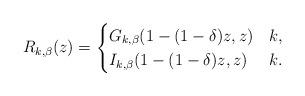
LaTeX: \begin{align*} R_{k, \beta}(z)=\begin{cases} G_{k, \beta} (1-(1-\delta)z, z)& k ,\\ I_{k, \beta} (1-(1-\delta)z, z)& k . \end{cases} \end{align*}